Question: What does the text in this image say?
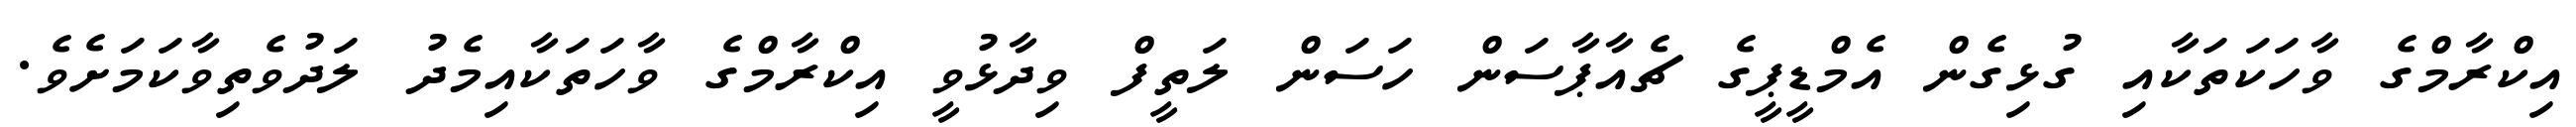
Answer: އިކްރާމްގެ ވާހަކަތަކާއި ގުޅިގެން އެމްޑީޕީގެ ޗެއާޕާސަން ހަސަން ލަތީފް ވިދާޅުވީ އިކްރާމްގެ ވާހަތަކާއިމެދު ލަދުވެތިވާކަމަށެވެ.